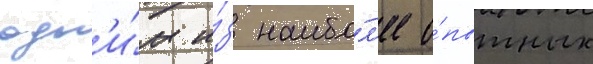
одн'и́м и́з наибо́л'ее о́пытных